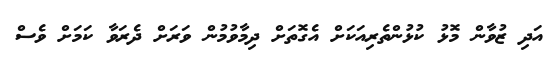
އަދި ޒުވާން މޮޅު ކުޅުންތެރިއަކަށް އެގޮތަށް ދިމާވުމުން ވަރަށް ދެރަވާ ކަމަށް ވެސް